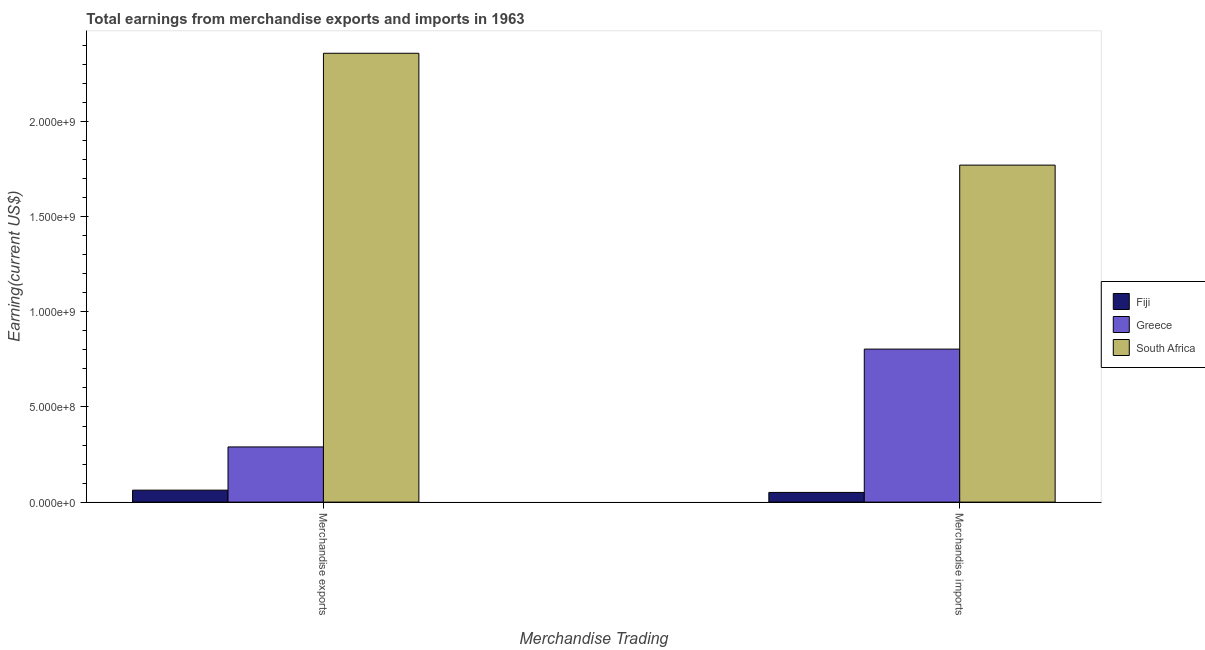
| Merchandise Trading | Fiji | Greece | South Africa |
 | --- | --- | --- | --- |
 | Merchandise exports | 6.29e+07 | 2.9e+08 | 2.36e+09 |
 | Merchandise imports | 5.1e+07 | 8.04e+08 | 1.77e+09 |